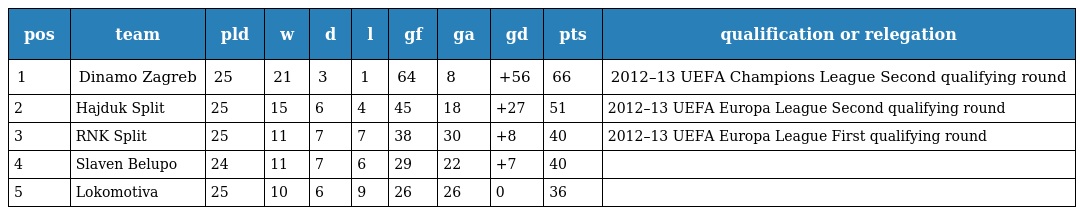
| pos | team | pld | w | d | l | gf | ga | gd | pts | qualification or relegation |
 | --- | --- | --- | --- | --- | --- | --- | --- | --- | --- | --- |
 | 1 | Dinamo Zagreb | 25 | 21 | 3 | 1 | 64 | 8 | +56 | 66 | 2012–13 UEFA Champions League Second qualifying round |
 | 2 | Hajduk Split | 25 | 15 | 6 | 4 | 45 | 18 | +27 | 51 | 2012–13 UEFA Europa League Second qualifying round |
 | 3 | RNK Split | 25 | 11 | 7 | 7 | 38 | 30 | +8 | 40 | 2012–13 UEFA Europa League First qualifying round |
 | 4 | Slaven Belupo | 24 | 11 | 7 | 6 | 29 | 22 | +7 | 40 |  |
 | 5 | Lokomotiva | 25 | 10 | 6 | 9 | 26 | 26 | 0 | 36 |  |